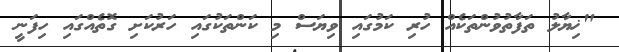
"ޚިޔާލު ތަފާތުވުންތަކެއް ހުރި ކަމުގައި ވިޔަސް މި ކަންތަކުގައި ހަރުކަށި ގޮތެއްގައި ހިފަނީ